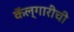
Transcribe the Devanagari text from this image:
कॅल्गारीची